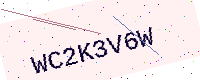
Text: WC2K3V6W